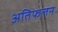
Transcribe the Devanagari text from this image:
अतिफलन